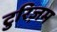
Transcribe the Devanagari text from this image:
टुरिज़म